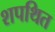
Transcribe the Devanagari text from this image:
शपथित